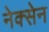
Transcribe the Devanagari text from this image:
नेक्सेन